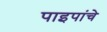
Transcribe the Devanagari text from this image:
पाइपांचे